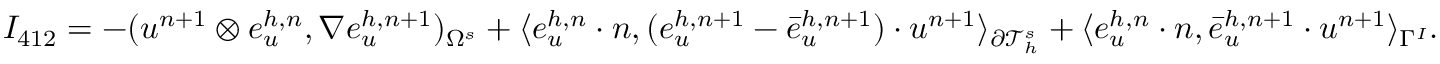
I _ { 4 1 2 } = - ( u ^ { n + 1 } \otimes e _ { u } ^ { h , n } , \nabla e _ { u } ^ { h , n + 1 } ) _ { \Omega ^ { s } } + \langle e _ { u } ^ { h , n } \cdot n , ( e _ { u } ^ { h , n + 1 } - \bar { e } _ { u } ^ { h , n + 1 } ) \cdot u ^ { n + 1 } \rangle _ { \partial \mathcal { T } _ { h } ^ { s } } + \langle e _ { u } ^ { h , n } \cdot n , \bar { e } _ { u } ^ { h , n + 1 } \cdot u ^ { n + 1 } \rangle _ { \Gamma ^ { I } } .